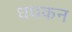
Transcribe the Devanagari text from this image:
धधकन